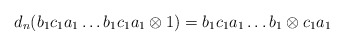
\begin{align*}d_n(b_1c_1a_1 \dots b_1c_1a_1 \otimes 1) = b_1c_1a_1 \dots b_1 \otimes c_1a_1\end{align*}